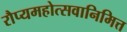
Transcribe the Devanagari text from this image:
रौप्यमहोत्सवानिमित्त